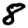
Digit: 8